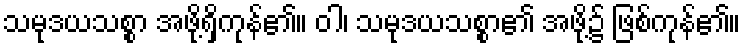
သမုဒယသစ္စာ အဖို့ရှိကုန်၏။ ဝါ၊ သမုဒယသစ္စာ၏ အဖို့၌ ဖြစ်ကုန်၏။